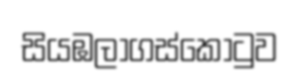
සියඹලාගස්කොටුව